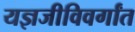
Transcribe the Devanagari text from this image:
यज्ञजीविवर्गांत